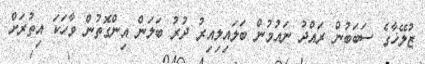
ޒުލޭޚާގެ ސަބަބުން ރައްދު ނައުމުން ބަލައިލިއިރު ދުރު ބަލަން އިންގޮތުން ވާހަކަ އިތުރަށް